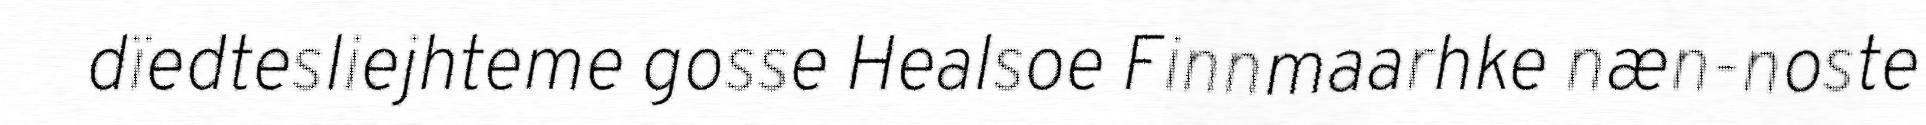
dïedtesliejhteme gosse Healsoe Finnmaarhke næn-noste